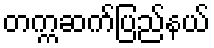
တက္ကဆက်ပြည်နယ်